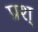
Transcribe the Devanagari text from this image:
प्रश्